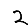
Digit: 2